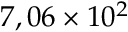
7 , 0 6 \times 1 0 ^ { 2 }